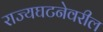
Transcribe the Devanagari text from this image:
राज्यघटनेवरील